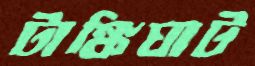
টাঙ্কিঘাট